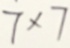
7 \times 7